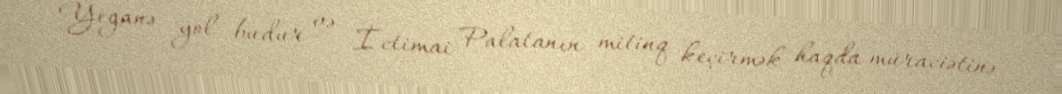
Yeganə yol budur və İctimai Palatanın mitinq keçirmək haqda müraciətinə